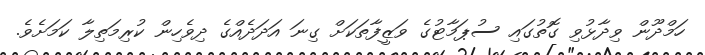
ހަމްދޫން ވިދާޅުވި ގޮތުގައި ސުޕަމާޓުގެ ވަޒީފާތަކަށް ގިނަ އަދަދެއްގެ ދިވެހިން ކުރިމަތިލާ ކަމަށެވެ.